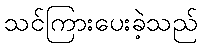
သင်ကြားပေးခဲ့သည်